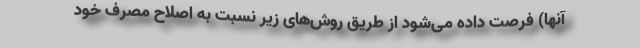
آنها) فرصت داده می‌شود از طریق روش‌های زیر نسبت به اصلاح مصرف خود